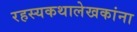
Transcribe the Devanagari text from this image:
रहस्यकथालेखकांना